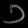
Digit: ၁